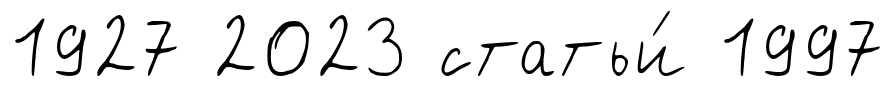
1927 2023 статьи́ 1997